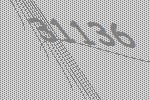
31136